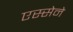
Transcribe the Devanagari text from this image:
एस्सेने